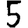
Digit: 5